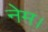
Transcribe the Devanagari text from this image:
नेम।